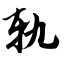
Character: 轨